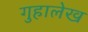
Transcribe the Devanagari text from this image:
गुहालेख